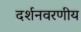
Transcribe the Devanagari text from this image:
दर्शनवरणीय